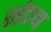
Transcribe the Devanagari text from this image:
राईटच्या